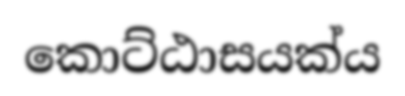
කොට්ඨාසයක්ය